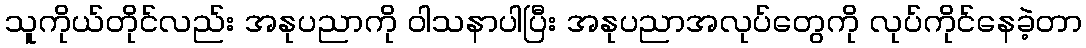
သူကိုယ်တိုင်လည်း အနုပညာကို ဝါသနာပါပြီး အနုပညာအလုပ်တွေကို လုပ်ကိုင်နေခဲ့တာ